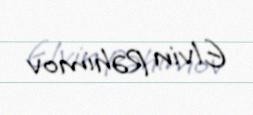
Elvin Rəhimov